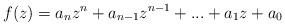
LaTeX: \begin{align*}f(z) = a_nz^n + a_{n-1}z^{n-1} + ... + a_1z + a_0\end{align*}